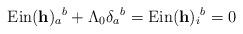
LaTeX: \begin{align*} \hbox{Ein}(\mathbf{h}){_a}^b + \Lambda_0\delta{_a}^b =\hbox{Ein}(\mathbf{h}){_i}^b = 0\end{align*}